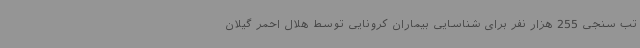
تب سنجی 255 هزار نفر برای شناسایی بیماران کرونایی توسط هلال احمر گیلان